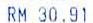
RM 30.91